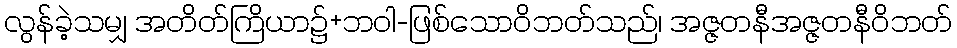
လွန်ခဲ့သမျှ အတိတ်ကြိယာ၌+ဘဝါ-ဖြစ်သောဝိဘတ်သည်၊ အဇ္ဇတနီအဇ္ဇတနီဝိဘတ်